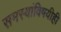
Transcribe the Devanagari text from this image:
समस्यांविषयीही